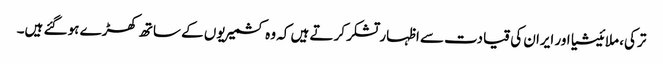
ترکی، ملائیشیا اور ایران کی قیادت سے اظہار تشکر کرتے ہیں کہ وہ کشمیریوں کے ساتھ کھڑے ہو گئے ہیں۔